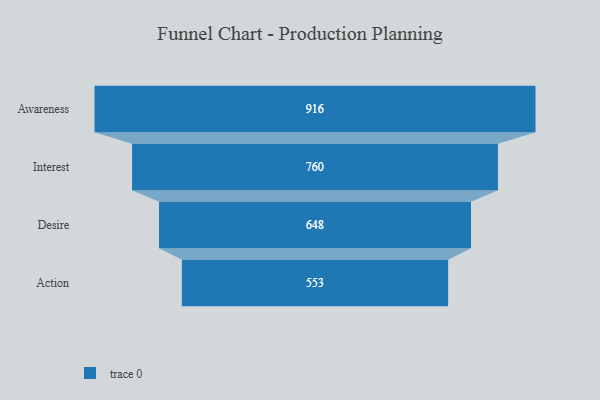
{"axis": {"x": "Stage", "y": "Value"}, "legend": [""], "data": [{"x": "Awareness", "y": 916.0, "type": ""}, {"x": "Interest", "y": 760.0, "type": ""}, {"x": "Desire", "y": 648.0, "type": ""}, {"x": "Action", "y": 553.0, "type": ""}]}